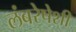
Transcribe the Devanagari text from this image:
लंबरेषेशी